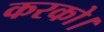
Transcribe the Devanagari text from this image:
करको।